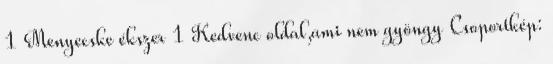
1 Menyecske ékszer 1 Kedvenc oldal,ami nem gyöngy Csoportkép: